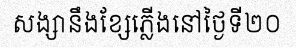
សង្សានឹងខ្សែភ្លើងនៅថ្ងៃទី២០